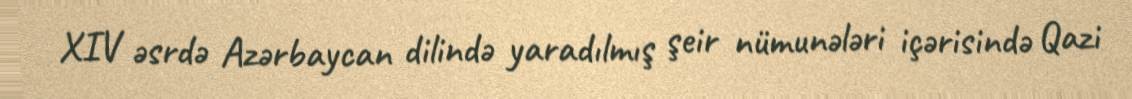
XIV əsrdə Azərbaycan dilində yaradılmış şeir nümunələri içərisində Qazi